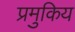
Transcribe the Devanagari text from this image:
प्रमुकिय